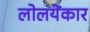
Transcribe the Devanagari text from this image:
लोलयेंकार